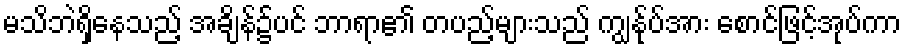
မသိဘဲရှိနေသည့် အချိန်၌ပင် ဘာရာ၏ တပည့်များသည် ကျွန်ုပ်အား စောင်ဖြင့်အုပ်ကာ